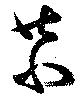
恭